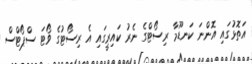
އަތޮޅުގައި އޮންނަ ކަނޑޫމާ ރިސޯޓްގެ ނެރު ކައިރީގައި އެ ރިސޯޓުގެ ވޯޓަ ސްޕޯޓްސް